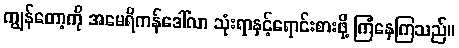
ကျွန်တော့ကို အမေရိကန်ဒေါ်လာ သုံးရာနှင့်ရောင်းစားဖို့ ကြံနေကြသည်။